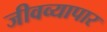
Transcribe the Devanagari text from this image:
जीवव्यापार